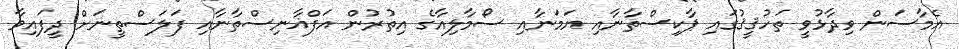
އެމާސަން ވިދާޅުވީ ތަހުޤީޤުގައި ޕާކިސްތާނާއި ޔަމަނާއި ސޯމާލިއާގެ އިތުރުން އަފްޣާނިސްތާނާއި ފަލަސްތީނަށް ދީފައިވާ